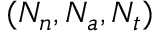
( N _ { n } , N _ { a } , N _ { t } )